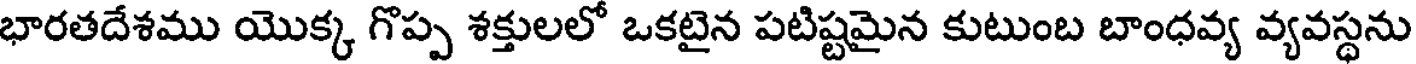
భారతదేశము యొక్క గొప్ప శక్తులలో ఒకటైన పటిష్టమైన కుటుంబ బాంధవ్య వ్యవస్థను